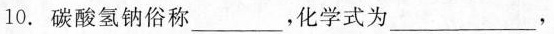
10.碳酸氢钠俗称___，化学式为___，